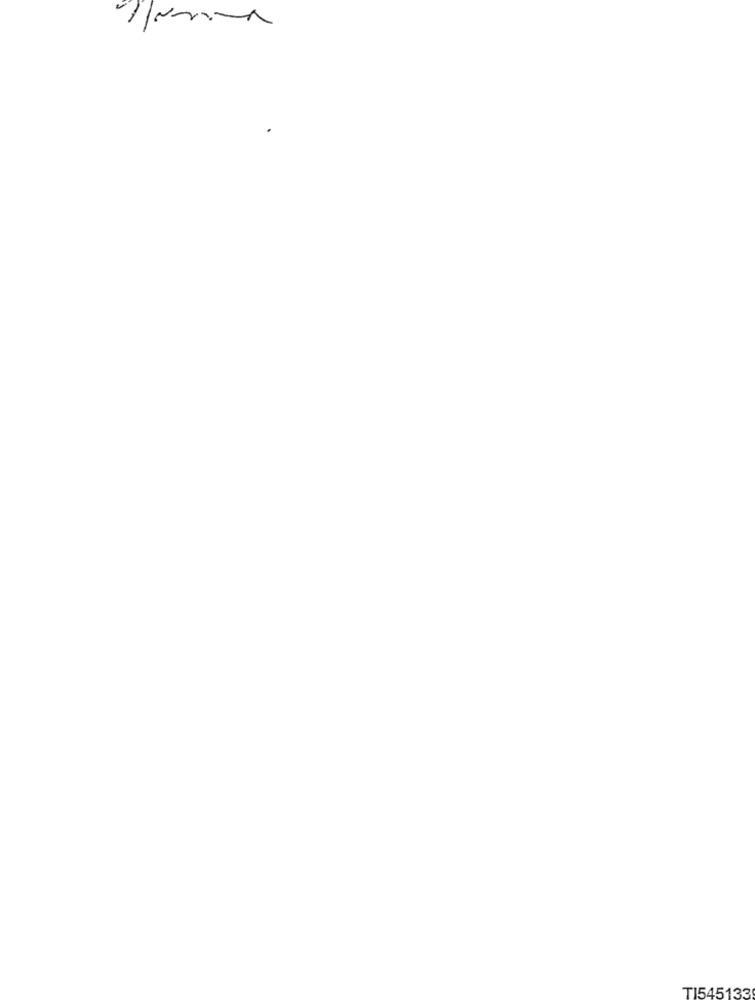
TI545133